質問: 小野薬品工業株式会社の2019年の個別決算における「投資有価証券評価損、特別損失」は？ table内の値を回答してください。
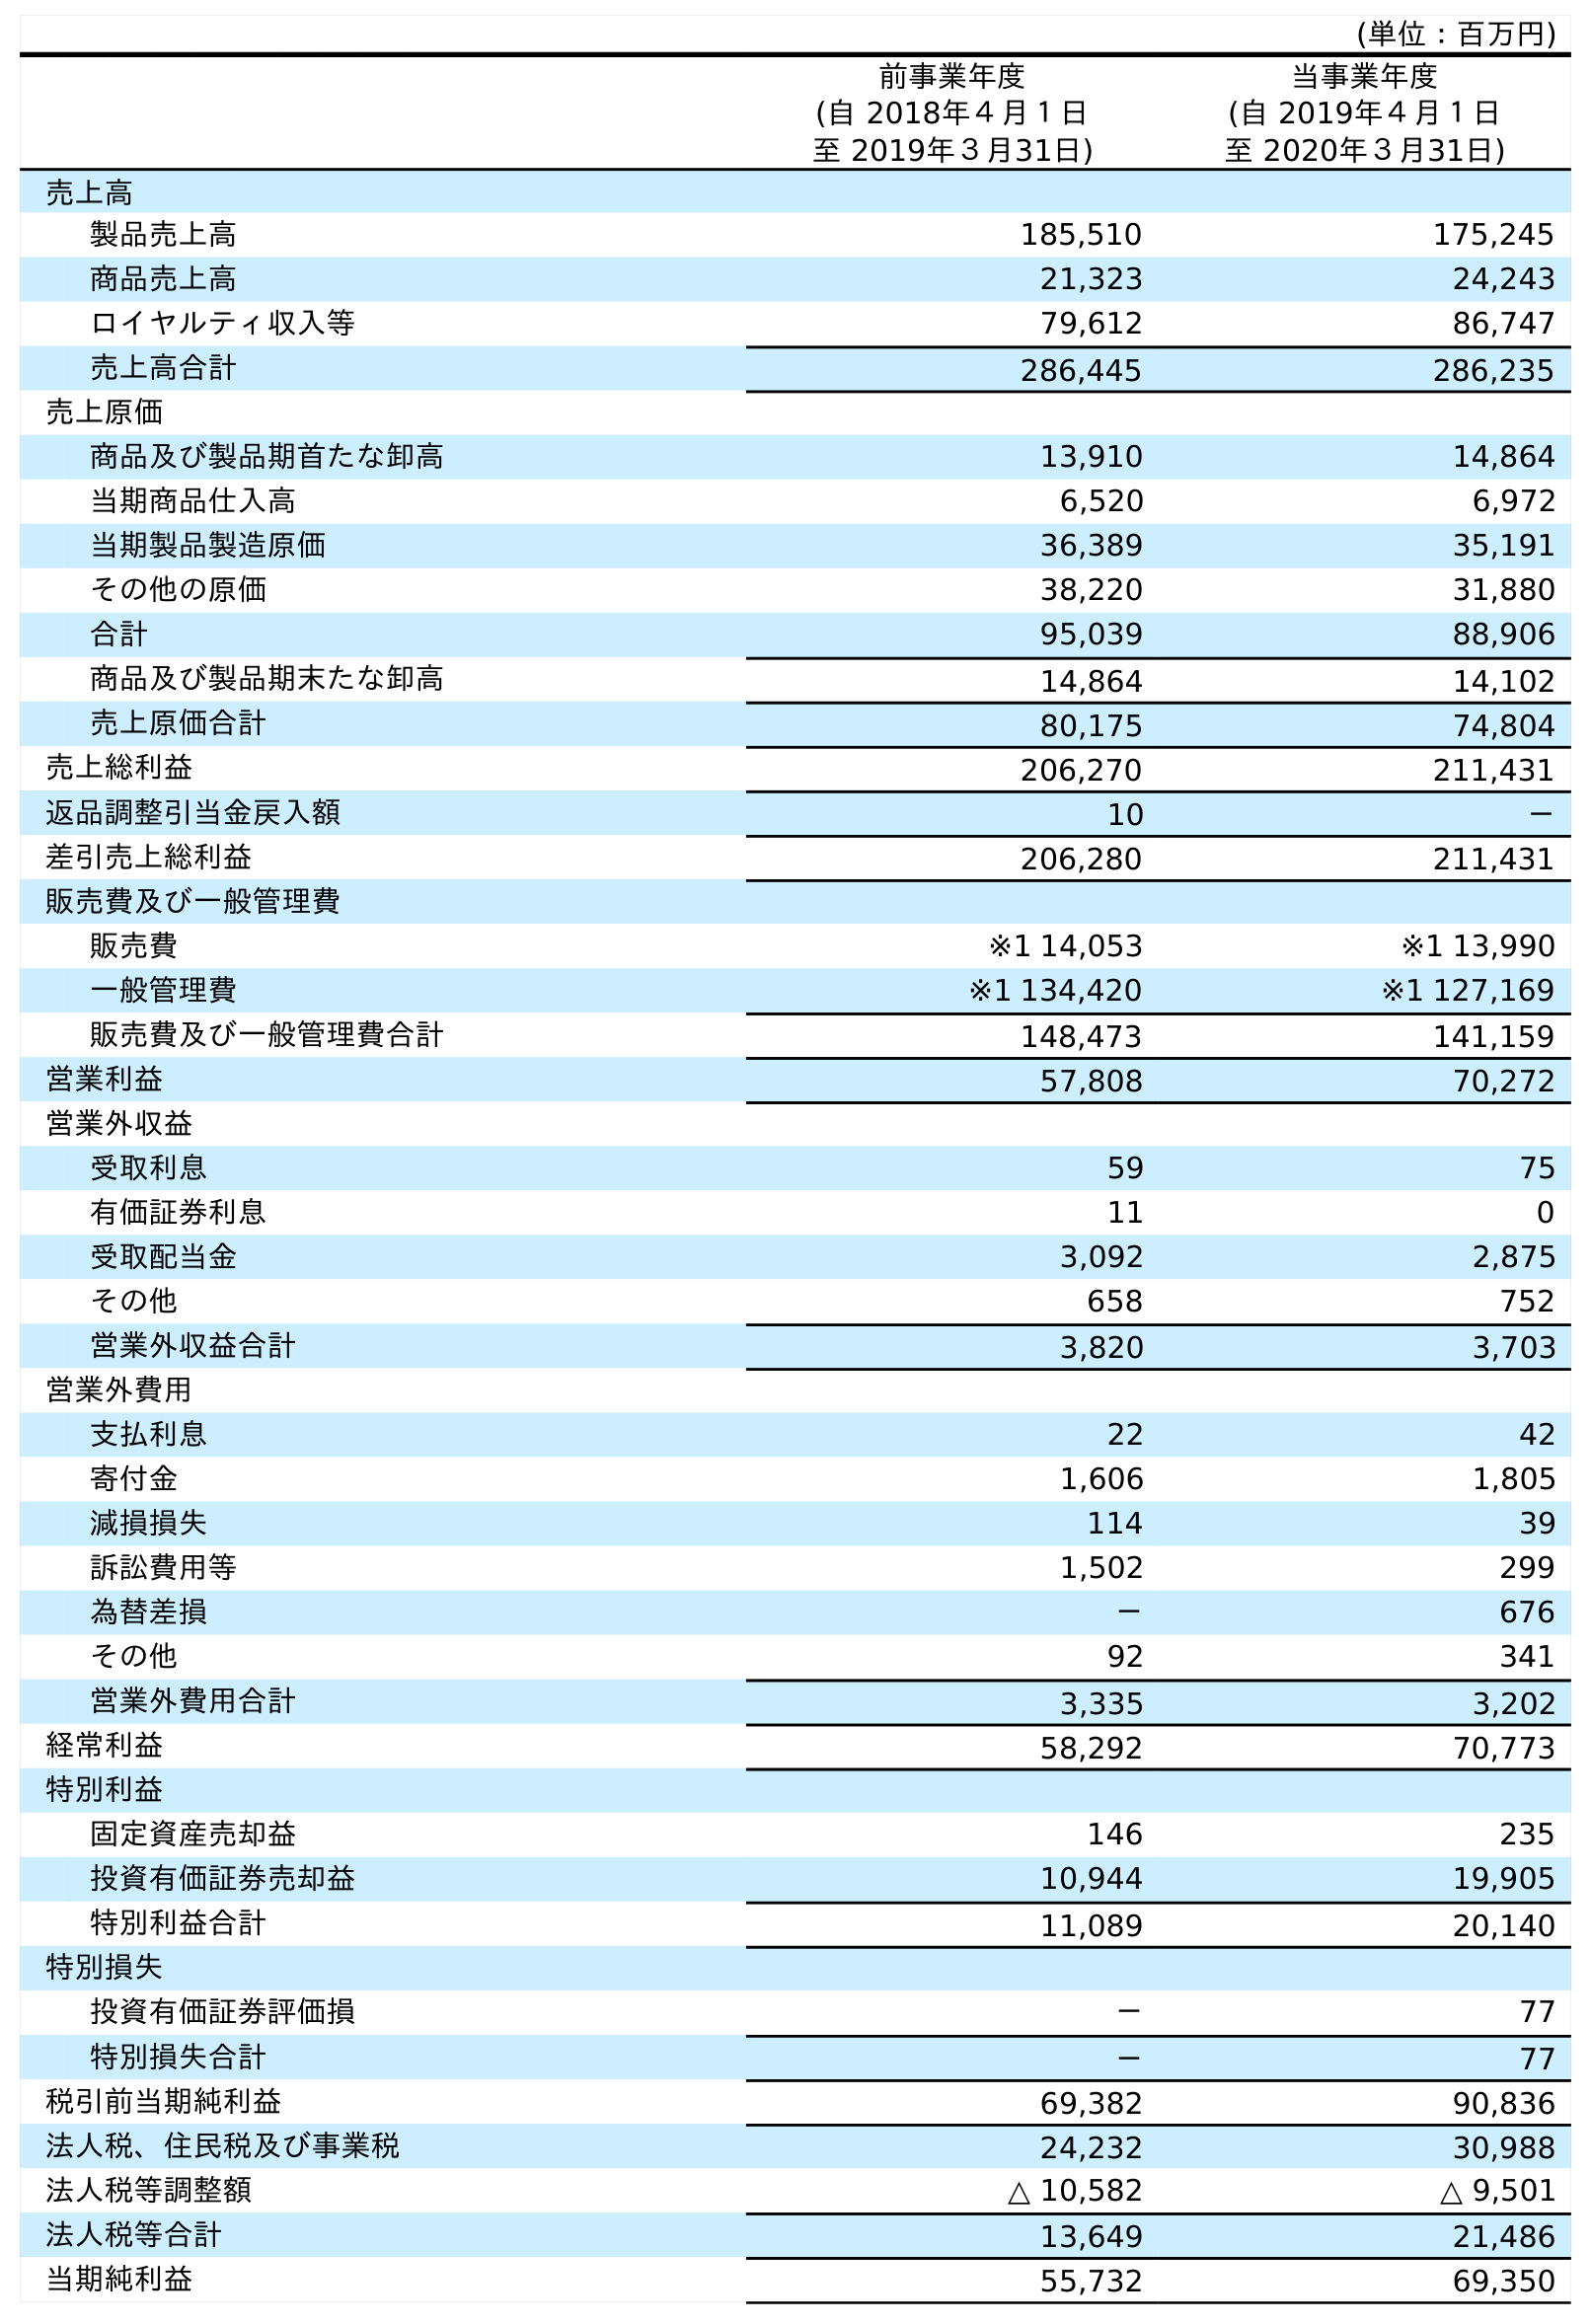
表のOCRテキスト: (単位：百万円) 前事業年度 (自 2018年４月１日 至 2019年３月31日) 当事業年度 (自 2019年４月１日 至 2020年３月31日) 売上高 製品売上高 185,510 175,245 商品売上高 21,323 24,243 ロイヤルティ収入等 79,612 86,747 売上高合計 286,445 286,235 売上原価 商品及び製品期首たな卸高 13,910 14,864 当期商品仕入高 6,520 6,972 当期製品製造原価 36,389 35,191 その他の原価 38,220 31,880 合計 95,039 88,906 商品及び製品期末たな卸高 14,864 14,102 売上原価合計 80,175 74,804 売上総利益 206,270 211,431 返品調整引当金戻入額 10 － 差引売上総利益 206,280 211,431 販売費及び一般管理費 販売費 ※1 14,053 ※1 13,990 一般管理費 ※1 134,420 ※1 127,169 販売費及び一般管理費合計 148,473 141,159 営業利益 57,808 70,272 営業外収益 受取利息 59 75 有価証券利息 11 0 受取配当金 3,092 2,875 その他 658 752 営業外収益合計 3,820 3,703 営業外費用 支払利息 22 42 寄付金 1,606 1,805 減損損失 114 39 訴訟費用等 1,502 299 為替差損 － 676 その他 92 341 営業外費用合計 3,335 3,202 経常利益 58,292 70,773 特別利益 固定資産売却益 146 235 投資有価証券売却益 10,944 19,905 特別利益合計 11,089 20,140 特別損失 投資有価証券評価損 － 77 特別損失合計 － 77 税引前当期純利益 69,382 90,836 法人税、住民税及び事業税 24,232 30,988 法人税等調整額 △ 10,582 △ 9,501 法人税等合計 13,649 21,486 当期純利益 55,732 69,350
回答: －